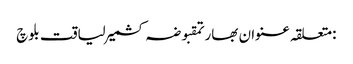
:متعلقہ عنوان بھارتمقبوضہ کشمیرلیاقت بلوچ